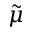
\tilde { \mu }